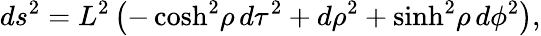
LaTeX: ds^{2}=L^{2}\left(-\cosh^{2}\! \rho\, d\tau^{2}+d\rho^{2}+\sinh^{2}\! \rho\, d\phi^{2}\right),